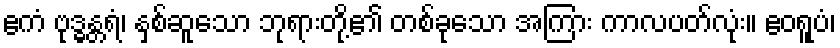
ဧကံ ဗုဒ္ဓန္တရံ၊ နှစ်ဆူသော ဘုရားတို့၏ တစ်ခုသော အကြား ကာလပတ်လုံး။ ဧဝရူပံ၊